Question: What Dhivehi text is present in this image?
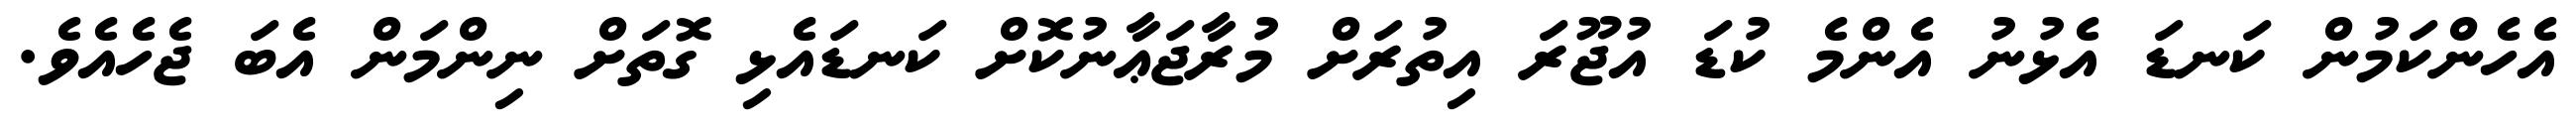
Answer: އެހެންކަމުން ކަނޑަ އެޅުނު އެންމެ ކުޑަ އުޖޫރަ އިތުރަށް މުރާޖަޢާނުކޮށް ކަނޑައެޅި ގޮތަށް ނިންމަން އެބަ ޖެހެއެވެ.